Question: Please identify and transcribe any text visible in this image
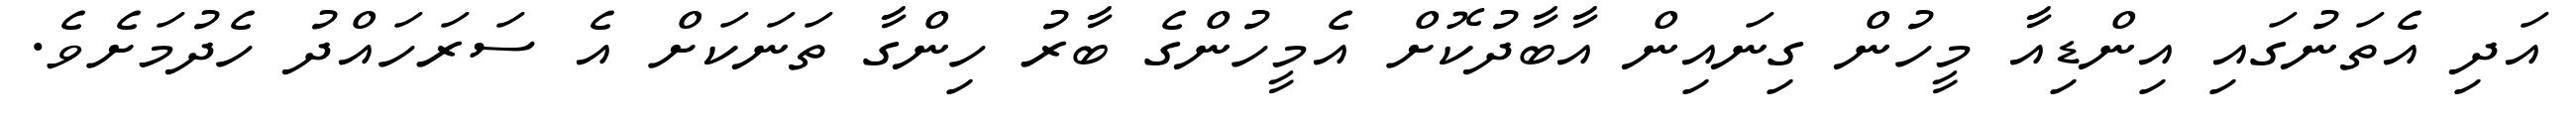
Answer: އަދި އެތަނުގައި އިންޑިއާ މީހުން ގިނައިން އާބާދުކޮށް އެމީހުންގެ ބާރު ހިންގާ ތަނަކަށް އެ ސަރަހައްދު ހެދުމަށެވެ.